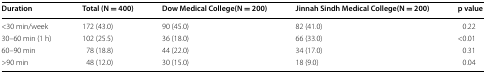
| Duration | Total (N = 400) | Dow Medical College(N = 200) | Jinnah Sindh Medical College(N = 200) | p value |
 | --- | --- | --- | --- | --- |
 | <30 min/week | 172 (43.0) | 90 (45.0) | 82 (41.0) | 0.22 |
 | 30–60 min (1 h) | 102 (25.5) | 36 (18.0) | 66 (33.0) | <0.01 |
 | 60–90 min | 78 (18.8) | 44 (22.0) | 34 (17.0) | 0.31 |
 | >90 min | 48 (12.0) | 30 (15.0) | 18 (9.0) | 0.04 |